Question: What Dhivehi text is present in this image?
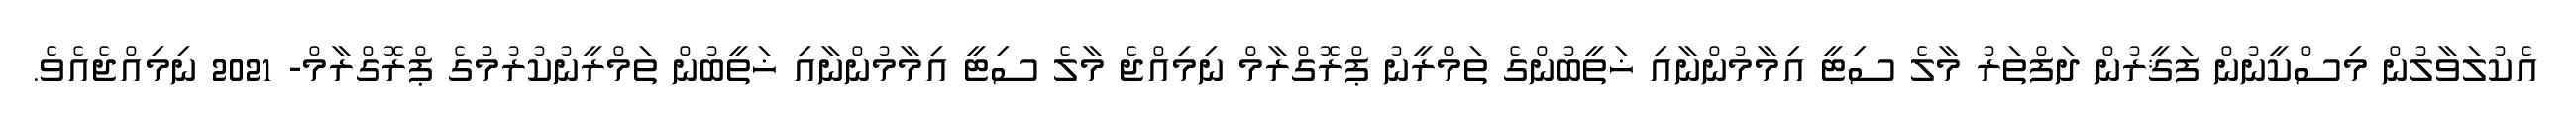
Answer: އެކުލަވާލުން މިސްކީނުން ފަޤީރުން ދަފްތަރު މާލެ ސިޓީ އިމާމުންނާއި ޚަތީބުންގެ ތަމްރީނު ޕްރޮގްރާމް ނިމިއްޖެ މާލެ ސިޓީ އިމާމުންނާއި ޚަތީބުން ތަމްރީނުކުރުމުގެ ޕްރޮގްރާމް- 2021 ނިމިއްޖެއެވެ.